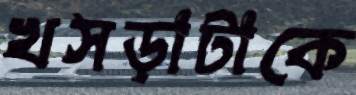
খসড়াটাকে